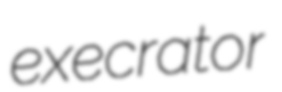
execrator